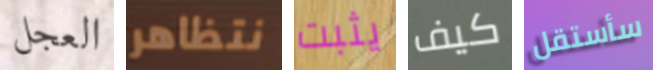
العجل نتظاهر يثبت كيف سأستقل